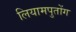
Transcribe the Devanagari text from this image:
लियामपुतोंग